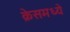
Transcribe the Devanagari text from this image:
क्रेसमध्ये